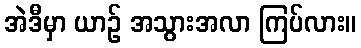
အဲဒီမှာ ယာဉ် အသွားအလာ ကြပ်လား။